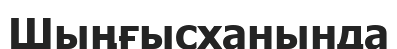
Шыңғысханында